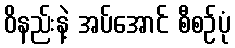
ဝိနည်းနဲ့ အပ်အောင် စီစဉ်ပုံ